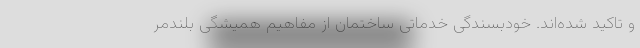
و تاکید شده‌اند. خودبسندگی خدماتی ساختمان از مفاهیم همیشگی بلندمر